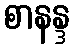
စာနန္ဒ